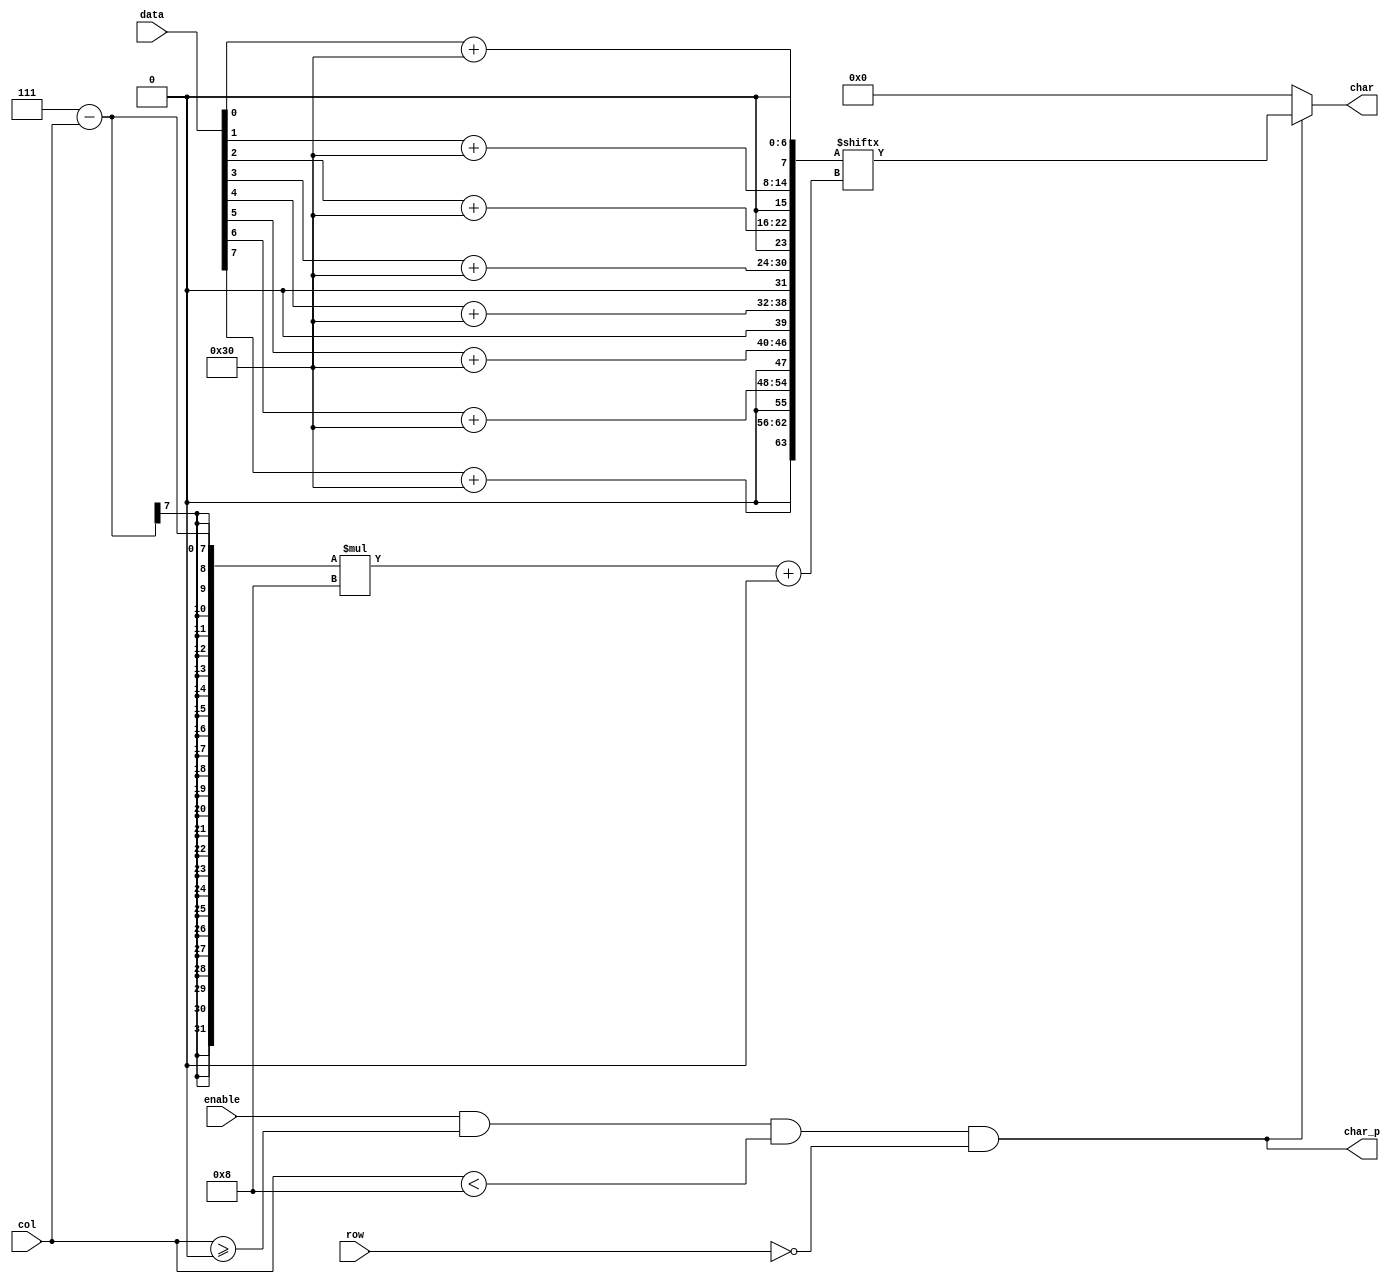
`timescale 1ns / 1ps
//////////////////////////////////////////////////////////////////////////////////
// Company: 
// 
// Design Name: 
// Module Name:    binary_string 
// Project Name: 
// Target Devices: 
// Tool versions: 
// Description: 
//
// Dependencies: 
//
// Revision: 
// Revision 0.01 - File Created
// Additional Comments: 
//
//////////////////////////////////////////////////////////////////////////////////
module binary_string #(
    parameter ROW = 0,
    parameter COL = 0,
    parameter WIDTH = 8
  ) (
    input [4:0] row,
    input [6:0] col,
    input enable,
    input [WIDTH-1:0] data,
    output char_p,
    output [7:0] char
    );

  wire [8*WIDTH-1:0] char_buf;

  genvar i;
  generate
    for(i=0;i<WIDTH;i=i+1) begin: chars
      assign char_buf[i*8+:8] = data[i] + "0";
    end
  endgenerate

  assign char_p = enable & col >= COL & col < COL + WIDTH & row == ROW;
  assign char = char_p ? char_buf[(WIDTH + COL - 1 - col) * 8+:8] : 8'b0;
endmodule